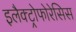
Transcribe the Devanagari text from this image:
इलैक्ट्रोफोरेसिस